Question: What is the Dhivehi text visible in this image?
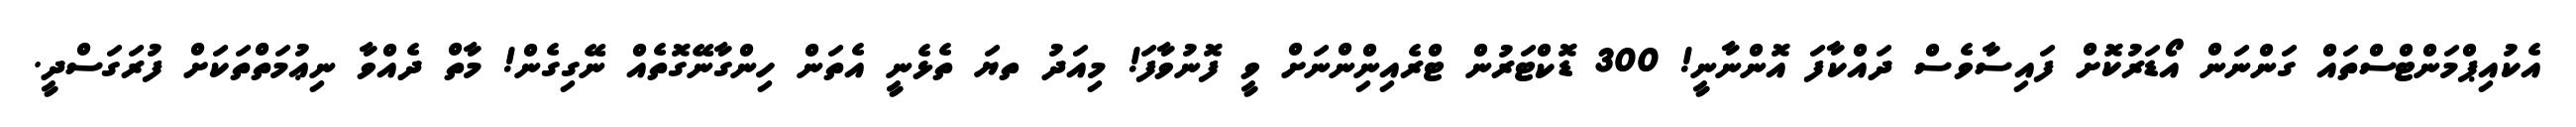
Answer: އެކުއިޕްމަންޓްސްތައް ގަންނަން އޯޑަރުކޮށް ފައިސާވެސް ދައްކާފަ އޮންނާނީ! 300 ޑޮކްޓަރުން ޓްރެއިންިންނަށް ވީ ފޮނުވާފަ! މިއަދު ތޔަ ތެޅެނީ އެތަން ހިންގާނޭގޮތެއް ނޭގިގެން! މާތް ދެއްވާ ނިޢުމަތްތަކަށް ފުރަގަސްދީ.